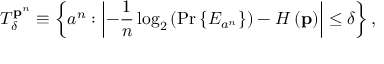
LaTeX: T _ { \delta } ^ { \mathbf { p } ^ { n } } \equiv \left\{ a ^ { n } : \left\vert - { \frac { 1 } { n } } \log _ { 2 } \left( \operatorname* { P r } \left\{ E _ { a ^ { n } } \right\} \right) - H \left( \mathbf { p } \right) \right\vert \leq \delta \right\} ,